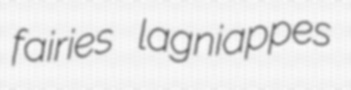
fairies lagniappes